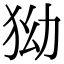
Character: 狕